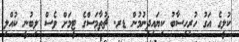
ކުލީގެ އަގު ހުރިހިސާބު ކިޔައިދިނުމުން ޑރ. ޗުތާމަސްގެ ޓީމަށް ވެސް ލިބުނީ ކުއްލި